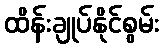
ထိန်းချုပ်နိုင်စွမ်း